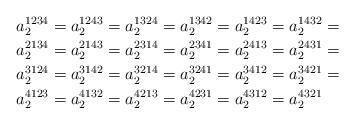
LaTeX: \begin{align*}a_{2}^{1234} & =a_{2}^{1243}=a_{2}^{1324}=a_{2}^{1342}=a_{2}^{1423}=a_{2}^{1432}=\\a_{2}^{2134} & =a_{2}^{2143}=a_{2}^{2314}=a_{2}^{2341}=a_{2}^{2413}=a_{2}^{2431}=\\a_{2}^{3124} & =a_{2}^{3142}=a_{2}^{3214}=a_{2}^{3241}=a_{2}^{3412}=a_{2}^{3421}=\\a_{2}^{4123} & =a_{2}^{4132}=a_{2}^{4213}=a_{2}^{4231}=a_{2}^{4312}=a_{2}^{4321}\end{align*}